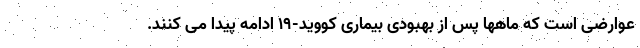
عوارضی است که ماهها پس از بهبودی بیماری کووید-۱۹ ادامه پیدا می کنند.